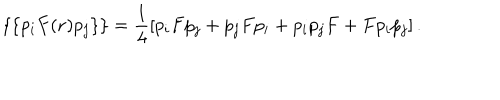
\{ \{ p _ { i } F ( { \bf r } ) p _ { j } \} \} = \frac { 1 } { 4 } \left[ p _ { i } F p _ { j } + p _ { j } F p _ { i } + p _ { i } p _ { j } F + F p _ { i } p _ { j } \right] .